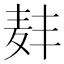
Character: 𫜑